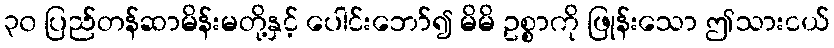
၃၀ ပြည်တန်ဆာမိန်းမတို့နှင့် ပေါင်းဘော်၍ မိမိ ဥစ္စာကို ဖြုန်းသော ဤသားငယ်